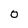
Character: 0